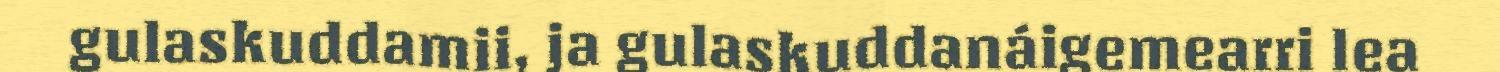
gulaskuddamii, ja gulaskuddanáigemearri lea